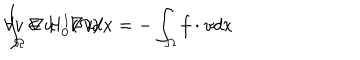
LaTeX: \int _ { \Omega } \nabla u \cdot \nabla v d x = - \int _ { \Omega } f \cdot v d x \hspace { 0 . 5 c m } \forall v \in H _ { 0 } ^ { 1 } ( \Omega ) .